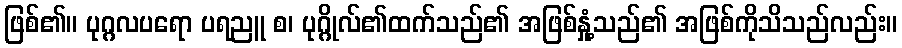
ဖြစ်၏။ ပုဂ္ဂလပရော ပရညူ စ၊ ပုဂ္ဂိုလ်၏ထက်သည်၏ အဖြစ်နှုံ့သည်၏ အဖြစ်ကိုသိသည်လည်း။